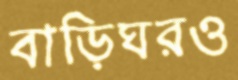
বাড়িঘরও